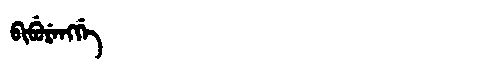
Manchu: ᠪᡳᠪᡠᡵᡝᠩᡤᡝ
Romanization: BIBURENGGE